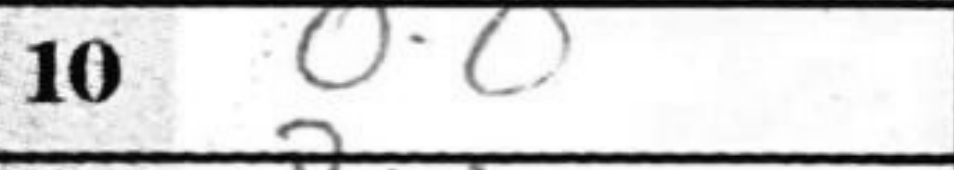
Transcription: O-O